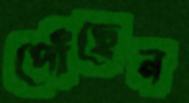
পোঁছেন